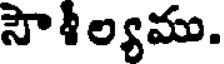
సౌశీల్యము.